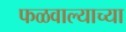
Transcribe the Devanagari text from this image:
फळवाल्याच्या